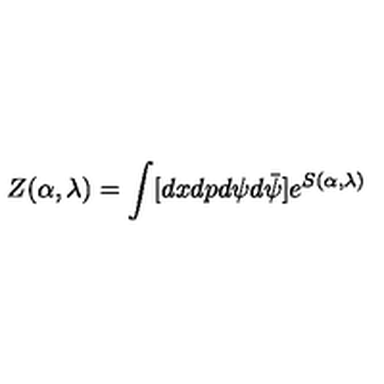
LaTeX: Z ( \alpha , \lambda ) = \int [ d x d p d \psi d \bar { \psi } ] e ^ { S ( \alpha , \lambda ) }